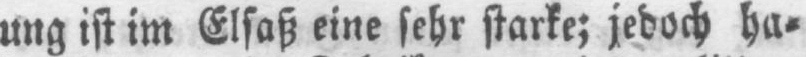
ung ist im Elsaß eine sehr starke; jedoch ha⸗